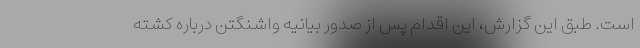
است. طبق این گزارش، این اقدام پس از صدور بیانیه واشنگتن درباره کشته